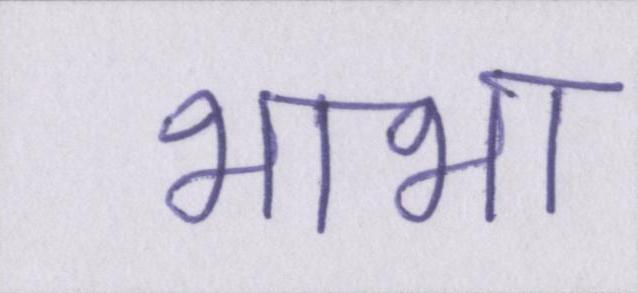
भाभा